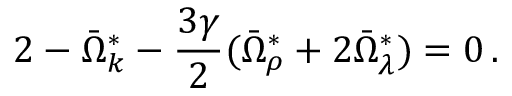
2 - \bar { \Omega } _ { k } ^ { \ast } - \frac { 3 \gamma } { 2 } ( \bar { \Omega } _ { \rho } ^ { \ast } + 2 \bar { \Omega } _ { \lambda } ^ { \ast } ) = 0 \, .